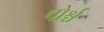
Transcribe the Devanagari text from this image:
पोर्श्च